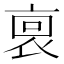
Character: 𧙪